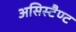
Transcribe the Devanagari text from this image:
असिस्टैण्ट